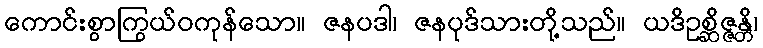
ကောင်းစွာကြွယ်ဝကုန်သော။ ဇနပဒါ၊ ဇနပုဒ်သားတို့သည်။ ယဒိဥစ္ဆိဇ္ဇန္တိ၊